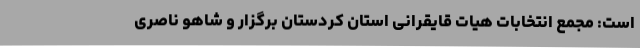
است: مجمع انتخابات هیات قایقرانی استان کردستان برگزار و شاهو ناصری